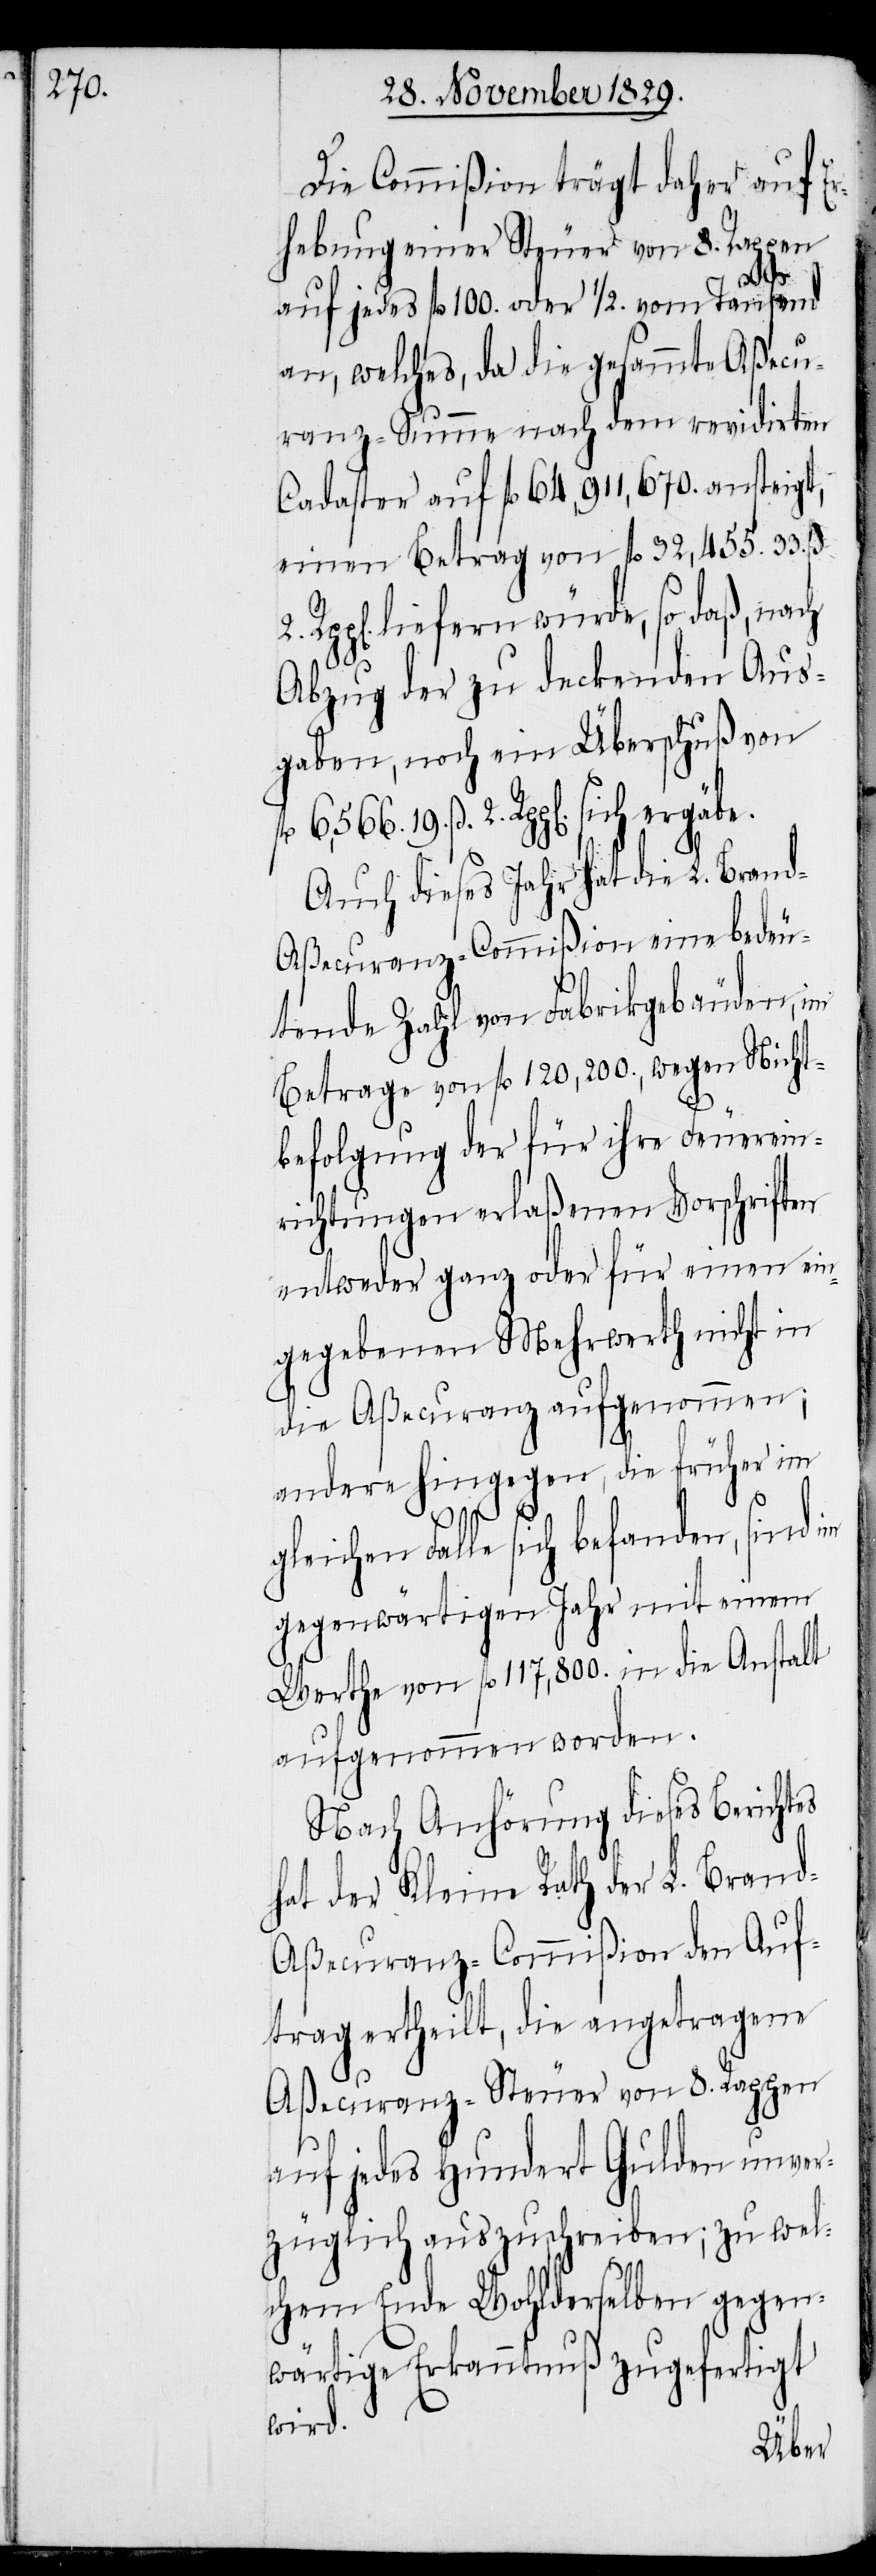
Die Commißion trägt daher auf Er¬
hebung einer Steuer von 8. Rappen
auf jedes fl. 100. oder 1/2. vom Tausend
an, welches, da die gesammte Aßecu¬
ranz-Summe nach dem revidirten
Cadaster auf fl. 64,911,670. ansteigt,
einen Betrag von fl. 32,455. 33. ß
liefern würde, so daß, nach
Abzug der zu deckenden Aus¬
gaben, noch ein Überschuß von
19. ß 2. Rpp[en]. sich ergäbe.
Auch dieses Jahr hat die L. Bran¬
d-Aßecuranz-Commißion eine bedeu¬
tende Zahl von Fabrikgebäuden, im
Betrage von fl. 120,200., wegen Nicht¬
befolgung der für ihre Feuerein¬
richtungen erlaßenen Vorschriften
entweder ganz oder für einen ein¬
gegebenen Mehrwerth nicht in
die Aßecuranz aufgenommen;
andere hingegen, die früher im
gleichen Falle sich befanden, sind im
gegenwärtigen Jahr mit einem
Werthe von fl. 117,800. in die Anstalt
aufgenommen worden.
Nach Anhörung dieses Berichtes
hat der Kleine Rath der L. Bran¬
d-Aßecuranz-Commißion den Auf¬
trag ertheilt, die angetragene
Aßecuranz-Steuer von 8. Rpp[en].
auf jedes Hundert Gulden unver¬
züglich auszuschreiben, zu wel¬
chem Ende Wohlderselben gegen¬
wärtige Erkanntnuß zugefertigt
wird.